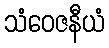
သံဝေဇနီယံ